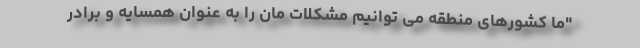
"ما کشورهای منطقه می توانیم مشکلات مان را به عنوان همسایه و برادر